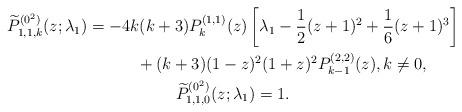
\begin{gather*} \widetilde{P}_{1,1,k}^{(0^{2})}(z; \lambda_1) = -4k ( k+3 ) P_{k}^{(1,1) }(z) \left[ \lambda _{1}-\frac{1}{2}(z+1) ^{2}+\frac{1}{6}(z+1) ^{3}\right] \\\hphantom{\widetilde{P}_{1,1,k}^{(0^{2})}(z; \lambda_1) =}{}+ ( k+3 ) (1-z) ^{2}(1+z) ^{2}P_{k-1}^{( 2,2) }(z), k\ne 0,\\ \widetilde{P}_{1,1,0}^{(0^{2})}(z; \lambda_1) = 1.\end{gather*}